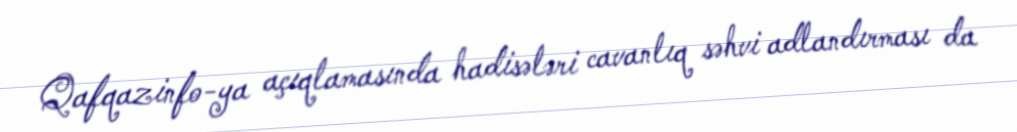
Qafqazinfo-ya açıqlamasında hadisələri cavanlıq səhvi adlandırması da